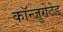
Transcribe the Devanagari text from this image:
कॉन्जुगेटेड